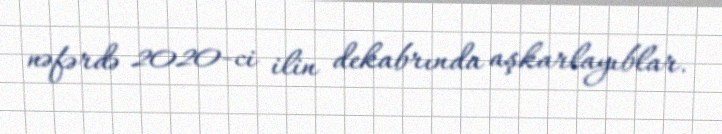
nəfərdə 2020-ci ilin dekabrında aşkarlayıblar.